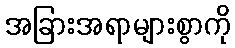
အခြားအရာများစွာကို